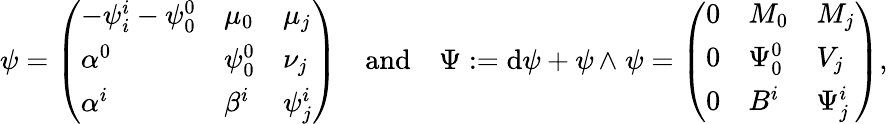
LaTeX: \psi=\left(\begin{array}{lll}{-\psi_{i}^{i}-\psi_{0}^{0}}&{\mu_{0}}&{\mu_{j}}\\ {\alpha^{0}}&{\psi_{0}^{0}}&{\nu_{j}}\\ {\alpha^{i}}&{\beta^{i}}&{\psi_{j}^{i}}\end{array}\right)\quad\mathrm{and}\quad\Psi:=\mathrm{d}\psi+\psi{\, {\wedge}\; }\psi=\left(\begin{array}{lll}{0}&{M_{0}}&{M_{j}}\\ {0}&{\Psi_{0}^{0}}&{V_{j}}\\ {0}&{B^{i}}&{\Psi_{j}^{i}}\end{array}\right),